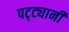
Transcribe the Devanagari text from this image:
पट्ट्यानी